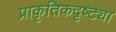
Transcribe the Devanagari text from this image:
प्राकृतिकदृष्ट्या